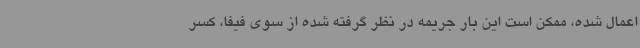
اعمال شده، ممکن است این بار جریمه در نظر گرفته شده از سوی فیفا، کسر